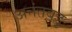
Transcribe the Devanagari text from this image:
अनंतबडु